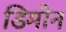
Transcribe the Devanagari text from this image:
डिमोन